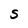
Character: S